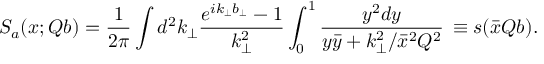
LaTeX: S _ { a } ( x ; Q b ) = \frac { 1 } { 2 \pi } \int d ^ { 2 } k _ { \perp } { \frac { e ^ { i k _ { \perp } b _ { \perp } } - 1 } { k _ { \perp } ^ { 2 } } } \int _ { 0 } ^ { 1 } { \frac { y ^ { 2 } d y } { y \bar { y } + k _ { \perp } ^ { 2 } / { \bar { x } } ^ { 2 } Q ^ { 2 } } } \, \equiv s ( \bar { x } Q b ) .